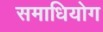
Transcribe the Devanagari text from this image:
समाधियोग